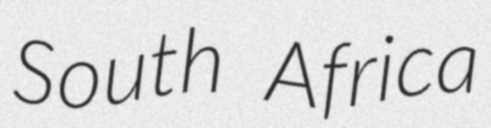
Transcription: South Africa